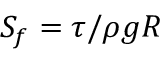
S _ { f } = \tau / \rho g R